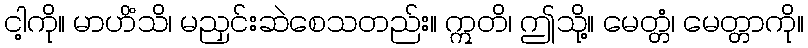
ငါ့ကို။ မာဟိံသိ၊ မညှင်းဆဲစေသတည်း။ ဣတိ၊ ဤသို့။ မေတ္တံ၊ မေတ္တာကို။